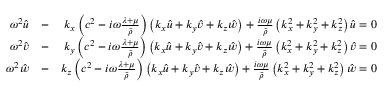
\begin{array} { r l r } { \omega ^ { 2 } \hat { u } } & { - } & { k _ { x } \left( c ^ { 2 } - i \omega \frac { \lambda + \mu } { \bar { \rho } } \right) \left( k _ { x } \hat { u } + k _ { y } \hat { v } + k _ { z } \hat { w } \right) + \frac { i \omega \mu } { \bar { \rho } } \left( k _ { x } ^ { 2 } + k _ { y } ^ { 2 } + k _ { z } ^ { 2 } \right) \hat { u } = 0 } \\ { \omega ^ { 2 } \hat { v } } & { - } & { k _ { y } \left( c ^ { 2 } - i \omega \frac { \lambda + \mu } { \bar { \rho } } \right) \left( k _ { x } \hat { u } + k _ { y } \hat { v } + k _ { z } \hat { w } \right) + \frac { i \omega \mu } { \bar { \rho } } \left( k _ { x } ^ { 2 } + k _ { y } ^ { 2 } + k _ { z } ^ { 2 } \right) \hat { v } = 0 } \\ { \omega ^ { 2 } \hat { w } } & { - } & { k _ { z } \left( c ^ { 2 } - i \omega \frac { \lambda + \mu } { \bar { \rho } } \right) \left( k _ { x } \hat { u } + k _ { y } \hat { v } + k _ { z } \hat { w } \right) + \frac { i \omega \mu } { \bar { \rho } } \left( k _ { x } ^ { 2 } + k _ { y } ^ { 2 } + k _ { z } ^ { 2 } \right) \hat { w } = 0 } \end{array}